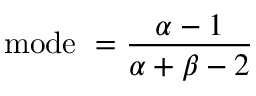
{ \mathrm { m o d e ~ } } = { \frac { \alpha - 1 } { \alpha + \beta - 2 } }